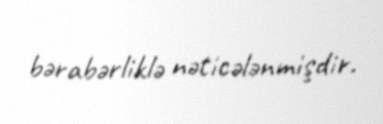
bərabərliklə nəticələnmişdir.